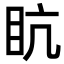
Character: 𥄦